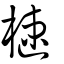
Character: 㯈